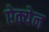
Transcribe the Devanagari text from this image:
ऐक्येन